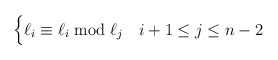
\begin{align*}\begin{cases} \ell_i \equiv \ell_i \bmod \ell_{j} & i+1 \leq j \leq n-2 \\\end{cases} \end{align*}